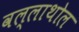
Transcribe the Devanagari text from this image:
वल्लाथोल